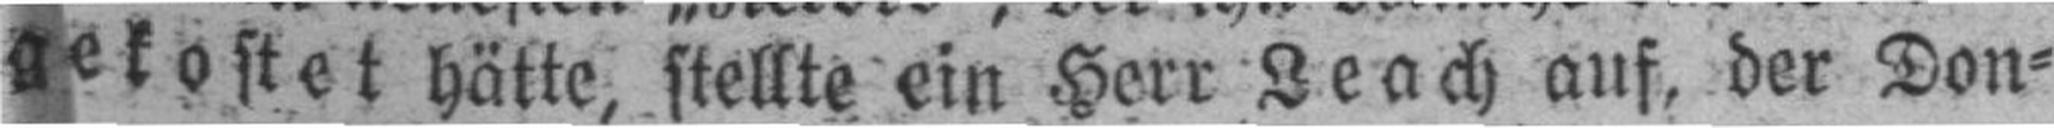
gekostet hätte, stellte ein Herr Leach auf, der Don¬